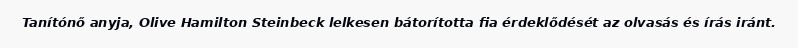
Tanítónő anyja, Olive Hamilton Steinbeck lelkesen bátorította fia érdeklődését az olvasás és írás iránt.